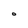
Character: O